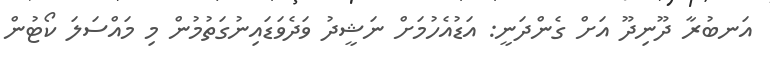
އަނބުރާ ދޫނިދޫ އަށް ގެންދަނީ: އަޑުއެހުމަށް ނަޝީދު ވަދެވަޑައިނުގަތުމުން މި މައްސަލަ ކޯޓުން